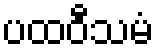
ပထဝီသမံ